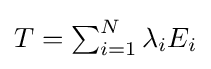
\textstyle T=\sum _{i=1}^{N}\lambda _{i}E_{i}